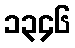
၁၃၄၆